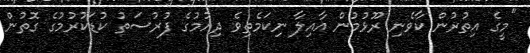
"މީގެ އިތުރުން ކާވެނި ރޫޅުމުން އާއިލާ ނިކަމެތިވެ ދިއުމުގެ ފުރުސަތު ކުޑަކުރުމުގެ ގޮތުން